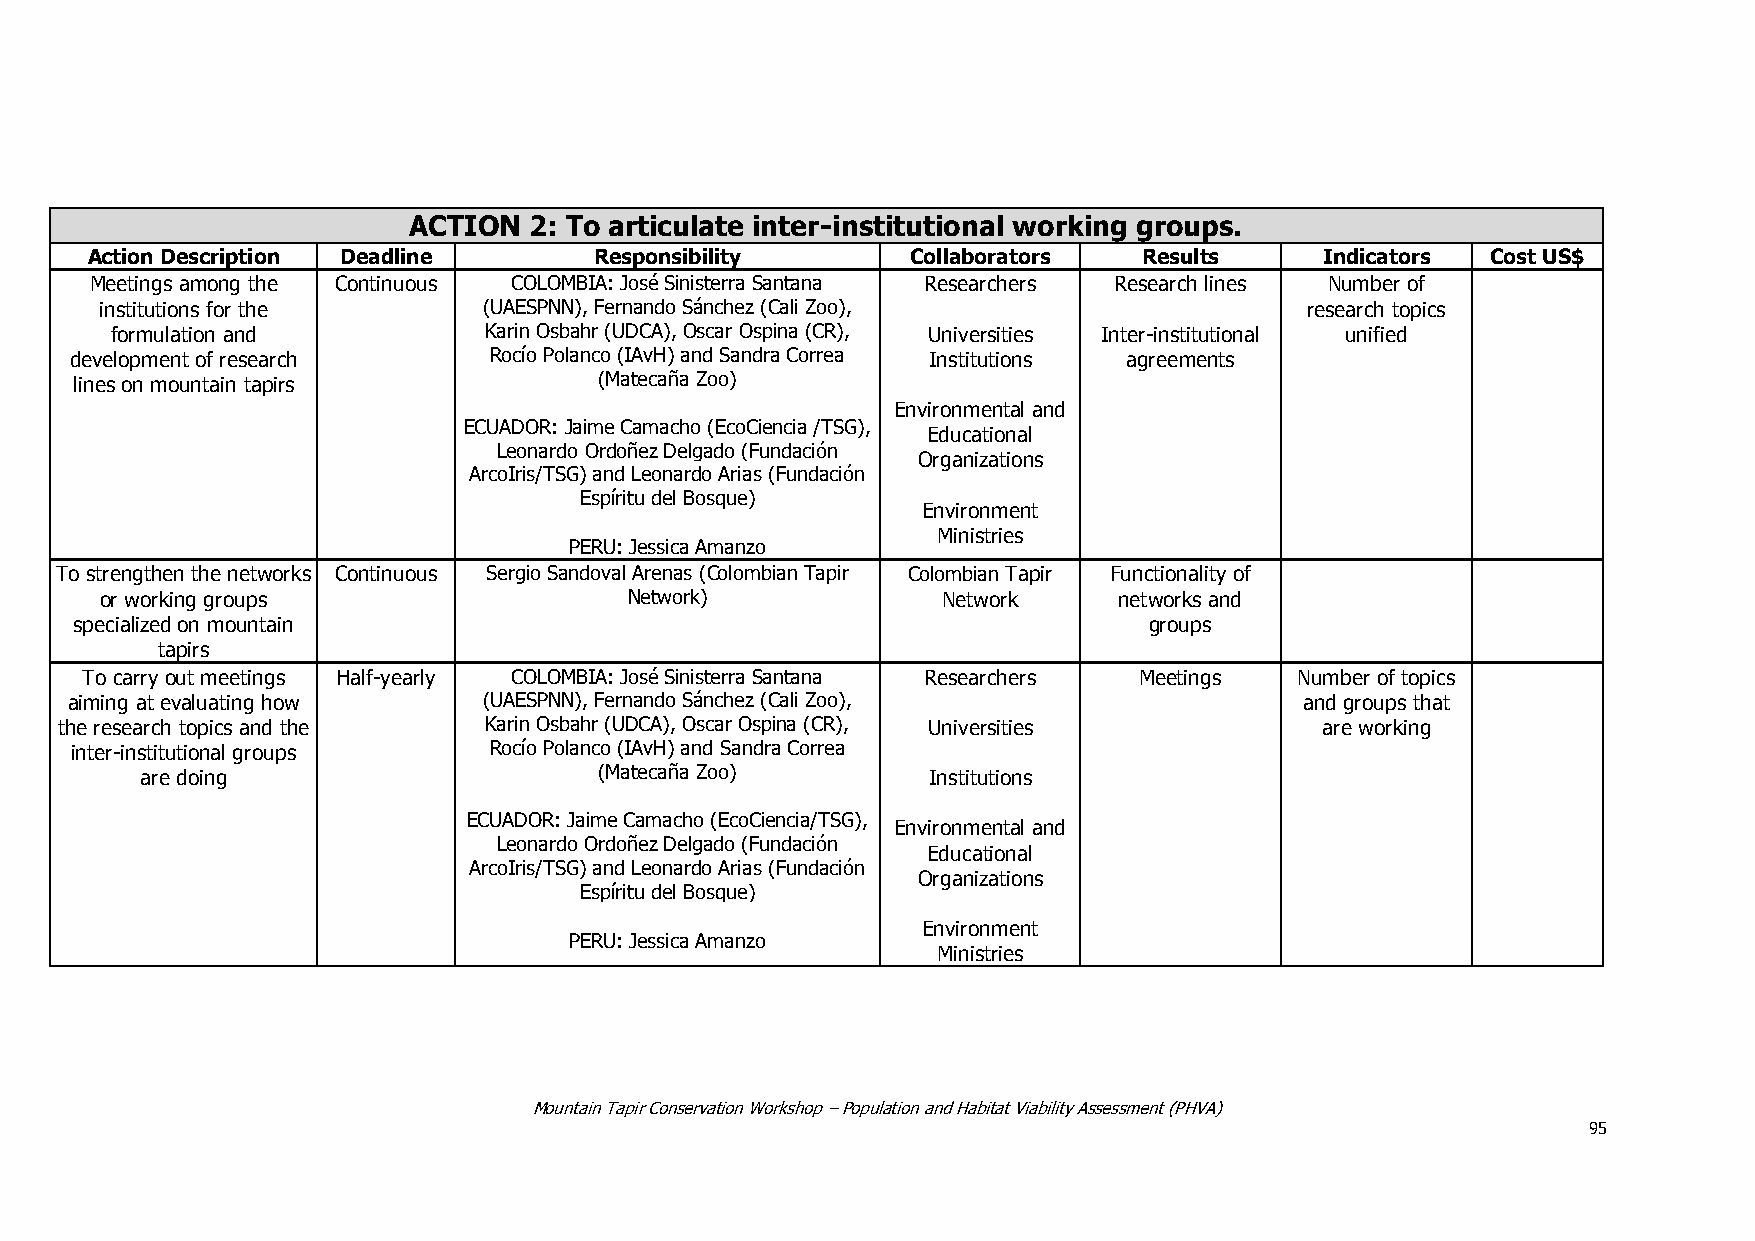
ACTION  2: To articulate inter-institutional working groups.
 Action Description Deadline      Responsibility       Collaborators   Results     Indicators Cost US$
 Meetings among the Continuous COLOMBIA: José Sinisterra Santana Researchers Research lines Number of
 institutions for the     (UAESPNN), Fernando Sánchez (Cali Zoo),               research topics
 formulation and          Karin Osbahr (UDCA), Oscar Ospina (CR), Universities Inter-institutional unified
 development of research    Rocío Polanco (IAvH) and Sandra Correa Institutions agreements
 lines on mountain tapirs           (Matecaña Zoo)
 Environmental and
 ECUADOR: Jaime Camacho (EcoCiencia /TSG),
 Educational
 Leonardo Ordoñez Delgado (Fundación
 Organizations
 ArcoIris/TSG) and Leonardo Arias (Fundación
 Espíritu del Bosque)
 Environment
 Ministries
 PERU: Jessica Amanzo
 To strengthen the networks Continuous Sergio Sandoval Arenas (Colombian Tapir Colombian Tapir Functionality of
 or working groups                  Network)            Network     networks and
 specialized on mountain                                                groups
 tapirs
 To carry out meetings Half-yearly COLOMBIA: José Sinisterra Santana Researchers Meetings Number of topics
 aiming at evaluating how    (UAESPNN), Fernando Sánchez (Cali Zoo),               and groups that
 the research topics and the Karin Osbahr (UDCA), Oscar Ospina (CR), Universities   are working
 inter-institutional groups Rocío Polanco (IAvH) and Sandra Correa
 are doing                      (Matecaña Zoo)       Institutions
 ECUADOR: Jaime Camacho (EcoCiencia/TSG),
 Environmental and
 Leonardo Ordoñez Delgado (Fundación
 Educational
 ArcoIris/TSG) and Leonardo Arias (Fundación
 Organizations
 Espíritu del Bosque)
 Environment
 PERU: Jessica Amanzo
 Ministries
 Mountain Tapir Conservation Workshop – Population and Habitat Viability Assessment (PHVA)
 95